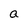
Character: a